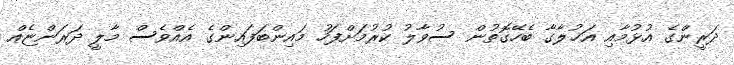
ދަރީންގެ އުޅުމާއި އަޚުލާގާ ބެހޭގޮތުން ސުވާލު ކުރުމަށްފަހު މައިންބަފައިންގެ އެއްވެސް މާލީ ދަރަންޏެއް